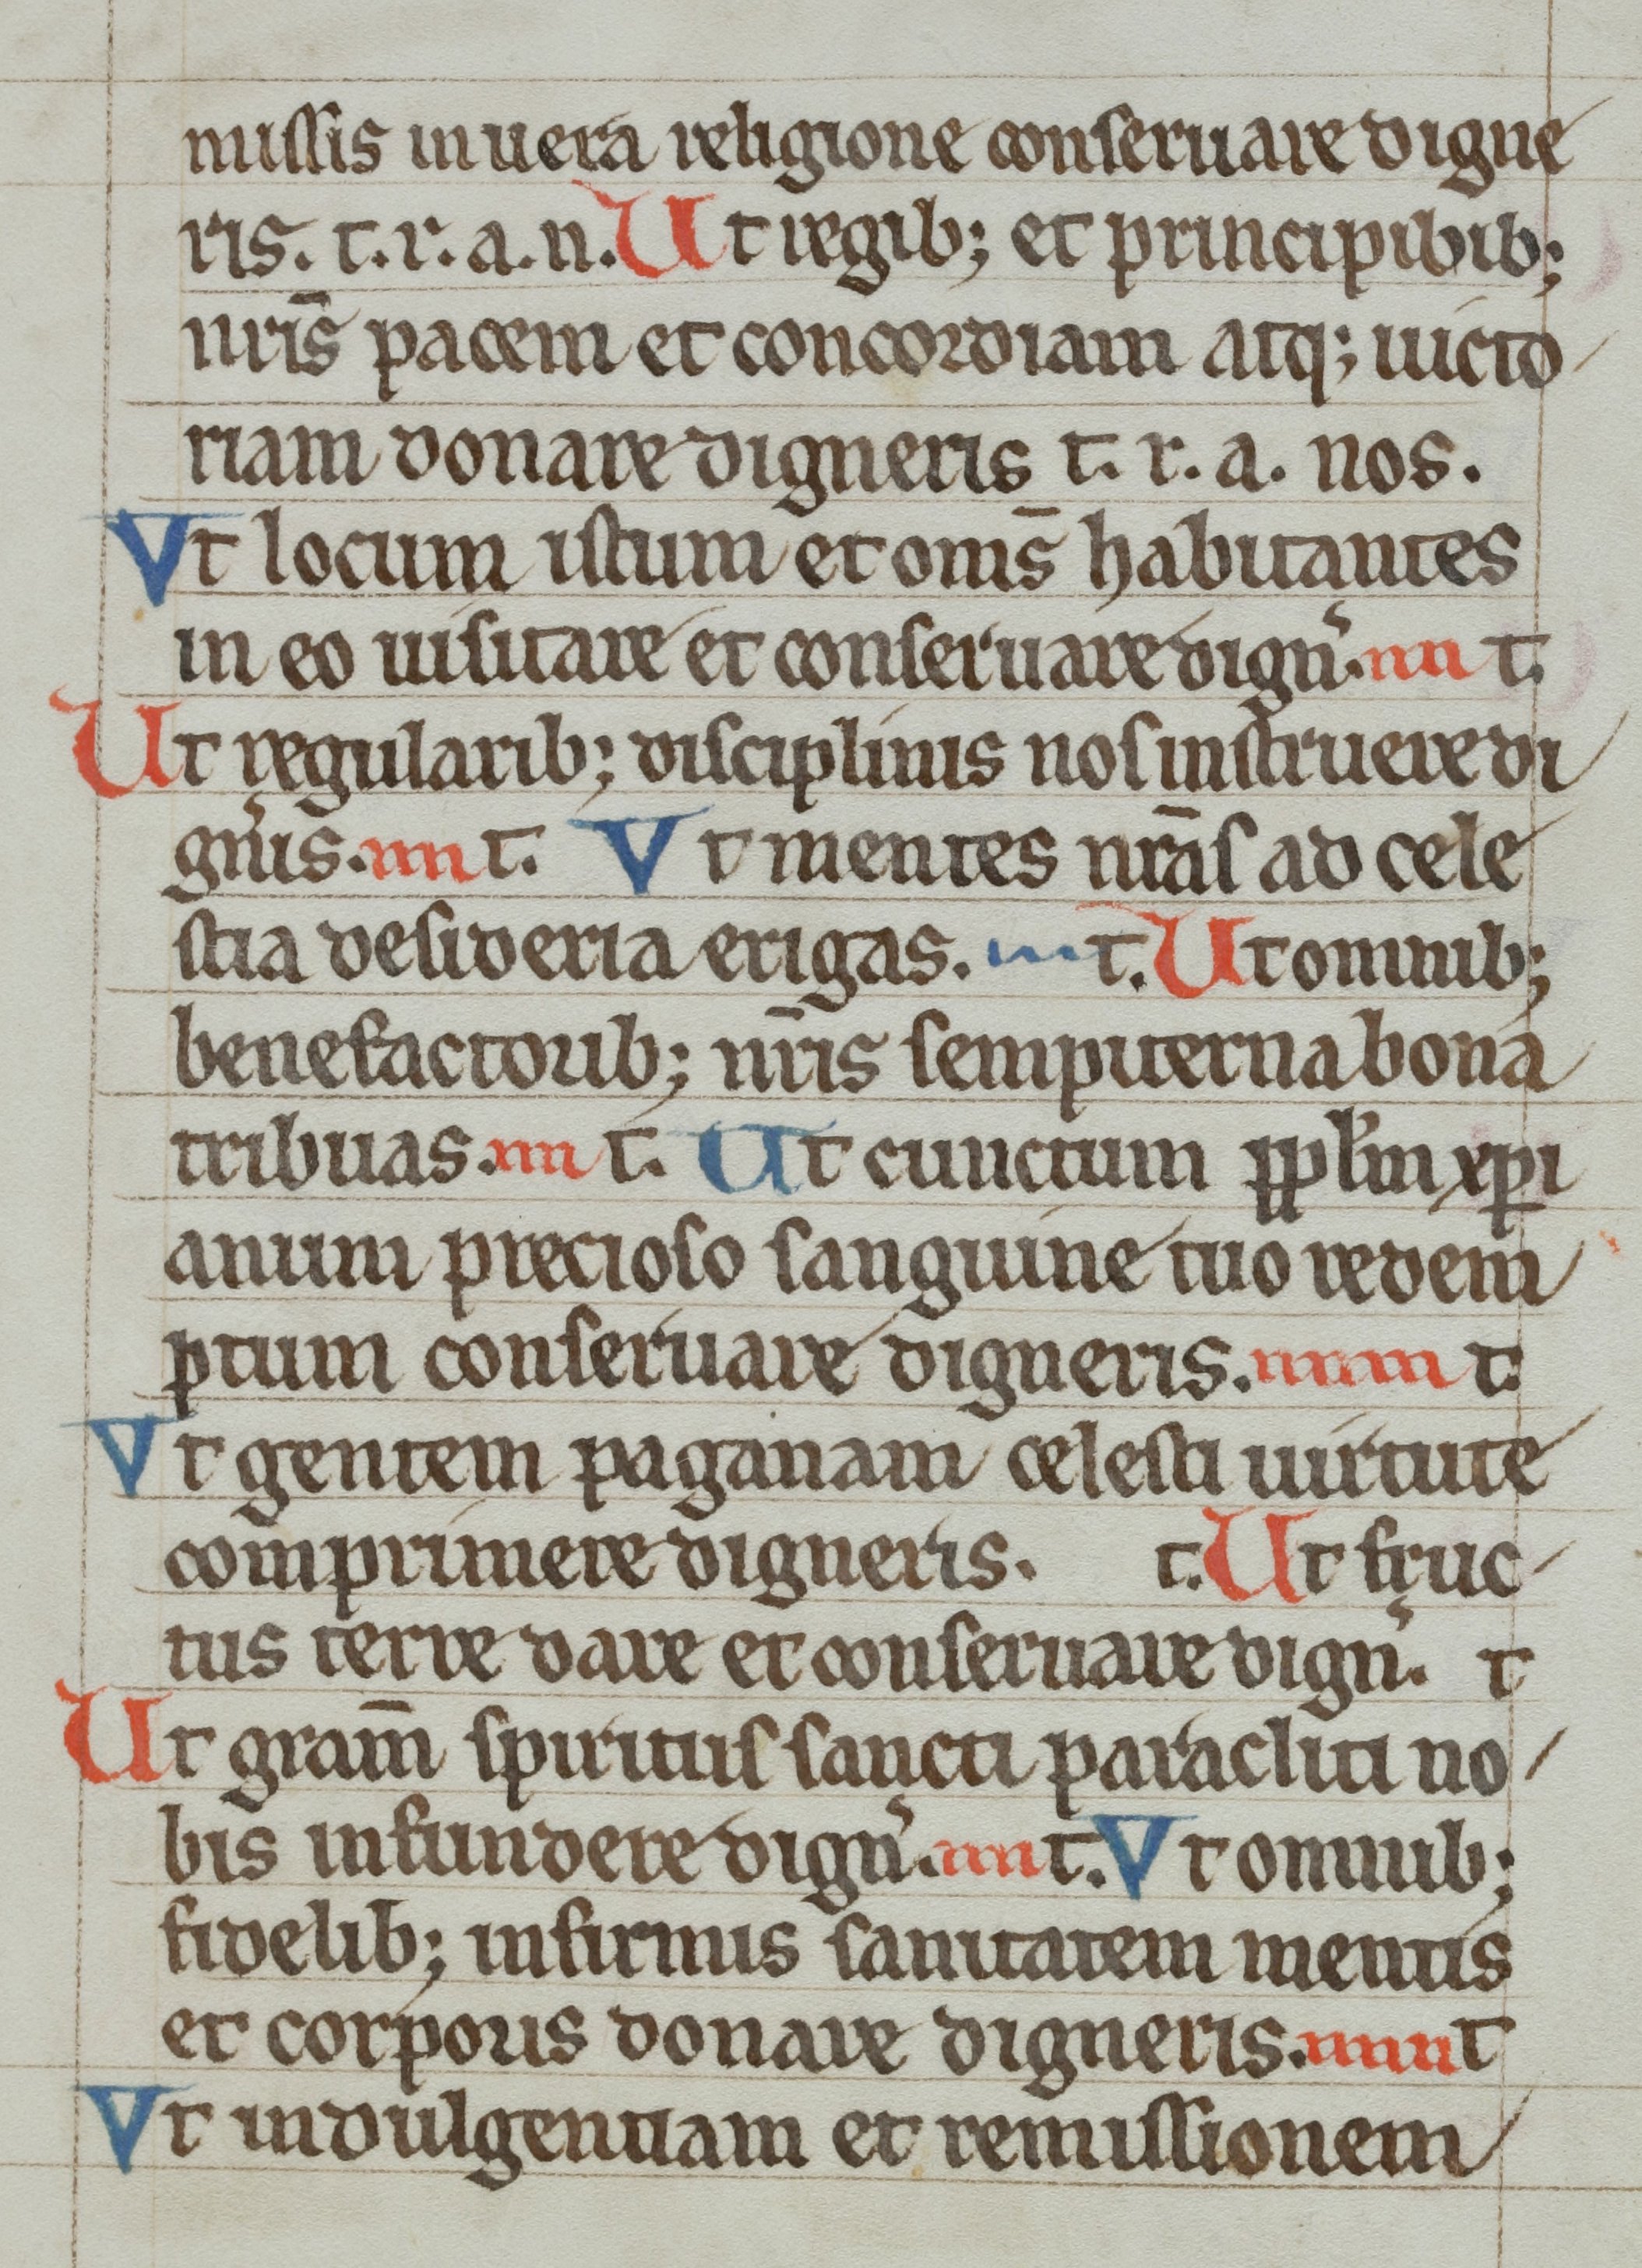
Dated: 1300–1399